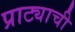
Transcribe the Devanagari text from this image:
प्राट्याची